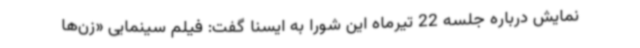
نمایش درباره جلسه 22 تیرماه این شورا به ایسنا گفت: فیلم سینمایی «زن‌ها